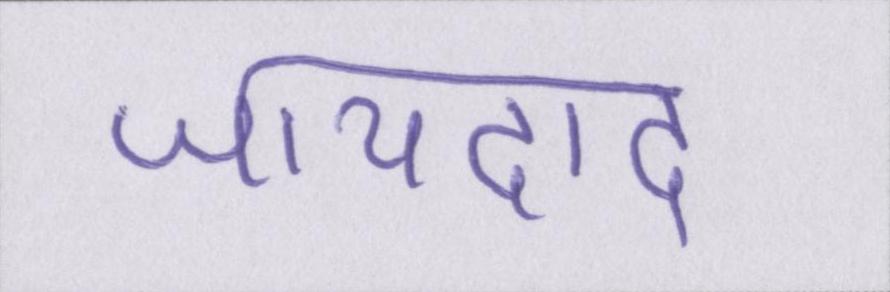
जायदाद